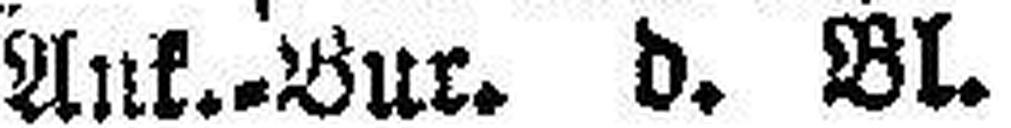
Ank.-Bur. d. Bl.